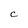
Character: C